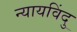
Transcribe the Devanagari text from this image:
न्यायविंदु